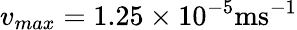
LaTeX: v_{max}=1.25\times 10^{-5}\mathrm{ms^{-1}}